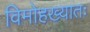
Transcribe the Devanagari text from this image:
विमोहख्यातः